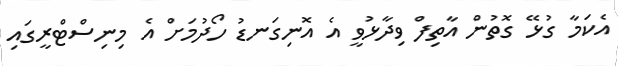
އެކަމާ ގުޅޭ ގޮތުން އާތިފް ވިދާޅުވީ އެ އޮނިގަނޑު ހޯދުމަށް އެ މިނިސްޓްރީގައި